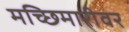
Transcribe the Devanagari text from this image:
मच्छिमारीवर